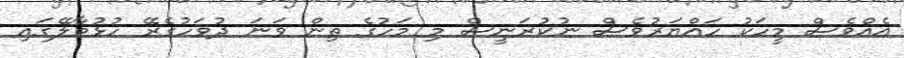
އެއްވެސް މީހަކު ހައްޔަރުވެސް ނުކުރަނީސް މި މަހުގެ ތިން ވަނަ ދުވަހުގެރޭ ހުޅުމާލޭގައި